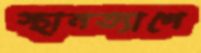
স্থানত্যাগে